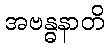
အဗန္ဓနာတိ